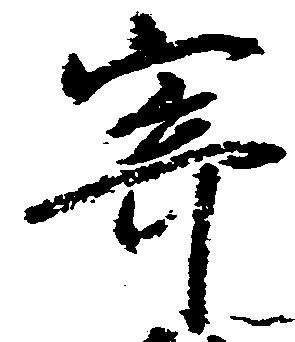
寄